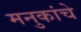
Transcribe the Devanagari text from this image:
मनुकांचे